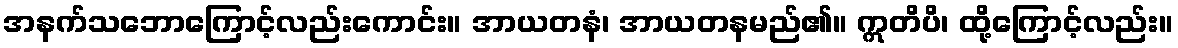
အနက်သဘောကြောင့်လည်းကောင်း။ အာယတနံ၊ အာယတနမည်၏။ ဣတိပိ၊ ထို့ကြောင့်လည်း။